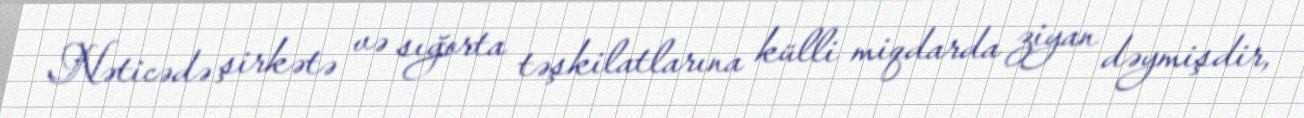
Nəticədə şirkətə və sığorta təşkilatlarına külli miqdarda ziyan dəymişdir,